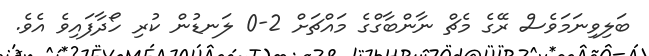
ބަލިވިނަމަވެސް ރޭގެ މެޗް ނާންބާގްގެ މައްޗަށް 2-0 ލަނޑުން ކުރި ހޯދާފައިވެ އެވެ.